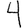
Digit: 4